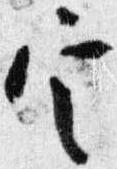
定